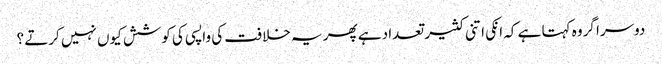
دوسرا گروہ کہتا ہے کہ انکی اتنی کثیر تعداد ہے پھر یہ خلافت کی واپسی کی کوشش کیوں نہیں کرتے ؟